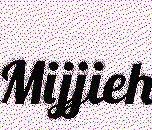
Mijjieh